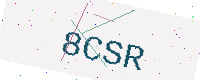
Text: 8CSR